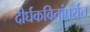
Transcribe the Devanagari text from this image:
दीर्घकवितांपर्यंत